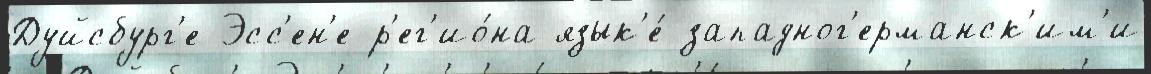
Дуйсбург'е-Эсс'ен'е р'ег'ио́на язык'е́ западног'ерманск'им'и